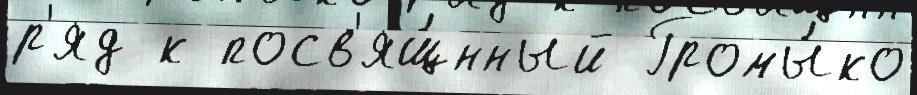
р'яд к посв'ящ́нный Громы́ко